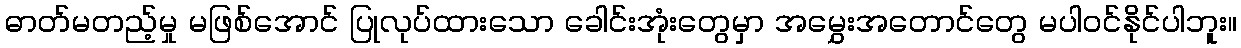
ဓာတ်မတည့်မှု မဖြစ်အောင် ပြုလုပ်ထားသော ခေါင်းအုံးတွေမှာ အမွှေးအတောင်တွေ မပါဝင်နိုင်ပါဘူး။